Distribution and causation of leprosy in British India
Year: 1875
Disease focus: Leprosy
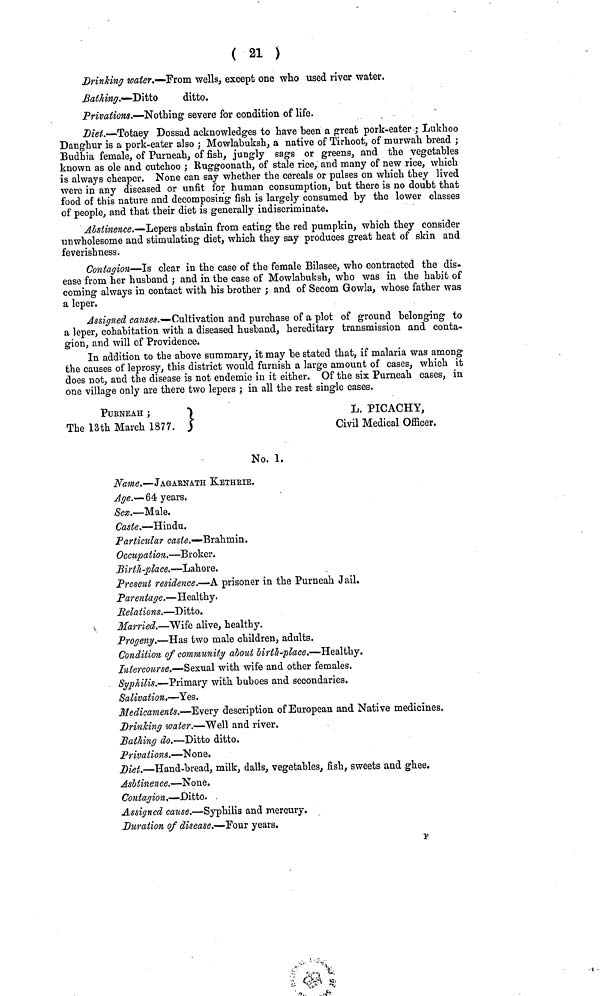
( 21 )
Drinking water.—From wells, except one who used river water.
Bathing.—Ditto
ditto.
Privations.—Nothing severe for condition of life.
Diet.—Totaey Dossad acknowledges to have been a great pork-eater ; Lukhoo
Danghur is a pork-eater also ; Mowlabuksh, a native of Tirhoot, of murwah bread ;
Budhia female, of Purneah, of fish, jungly sags or greens, and the vegetables
known as ole and cutchoo ; Ruggoonath, of stale rice, and many of new rice, which
is always cheaper. None can say whether the cereals or pulses on which they lived
were in any diseased or unfit for human consumption, but there is no doubt that
food of this nature and decomposing fish is largely consumed by the lower classes
of people, and that their diet is generally indiscriminate.
Abstinence,—Lepers abstain from eating the red pumpkin, which they consider
unwholesome and stimulating diet, which they say produces great heat of skin and
feverishness.
Contagion—Is clear in the case of the female Bilasee, who contracted the dis-
ease from her husband ; and in the case of Mowlabuksh, who was in the habit of
coming always in contact with his brother ; and of Secom Gowla, whose father was
a leper.
Assigned causes.—Cultivation and purchase of a plot of ground belonging to
a leper, cohabitation with a diseased husband, hereditary transmission and conta-
gion, and will of Providence.
In addition to the above summary, it may be stated that, if malaria was among
the causes of leprosy, this district would furnish a large amount of cases, which it
does not, and the disease is not endemic in it either. Of the six Purneah cases, in
one village only are there two lepers ; in all the rest single cases.
PDrNEAH ;
L. PICACHY,
The 13th March 1877.
Civil Medical Officer.
No. 1.
Name.—JAGArNATH KeTHRIE.
Age.— 64 years.
Sex.—Male.
Caste.—Hindu.
Particular caste.—Brahmin.
Occupation.—Broker.
Birth-place.—Lahore.
Present residence.—A. prisoner in the Purneah Jail.
Parentage.—Healthy.
Relations.—Ditto.
Married.—Wife alive, healthy.
Progeny.—Has two male children, adults.
Condition of community about birth-place.—Healthy.
Intercourse.—Sexual with wife and other females.
Syphilis.—Primary with buboes and secondaries.
Salivation—Yes.
Medicaments.—-Every description of European and Native medicines.
Drinking water.—Well and river.
Bathing do.—Ditto ditto.
Privations.—None.
Diet.—Hand-bread, milk, dalls, vegetables, fish, sweets and ghee.
Asbtinence.—None.
Contagion.—- Ditto.
Assigned cause.—Syphilis and mercury.
Duration of disease.—Four years.
F